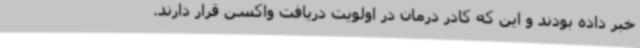
خبر داده بودند و این که کادر درمان در اولویت دریافت واکسن قرار دارند.